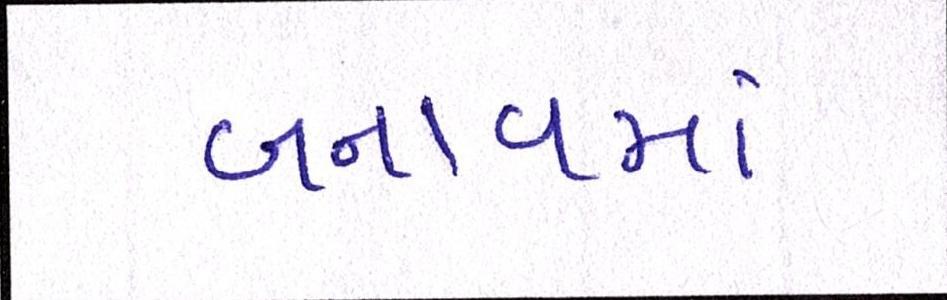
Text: બનાવમાં